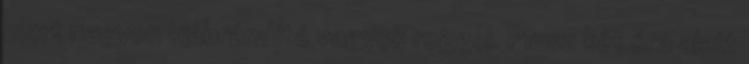
mert nagyon kiábrándító vagyok reggel. Plusz két óra alatt